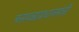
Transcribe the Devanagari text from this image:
बसवन्नाप्रधानमंत्री